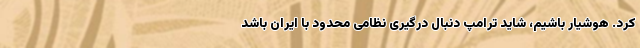
کرد. هوشیار باشیم، شاید ترامپ دنبال درگیری نظامی محدود با ایران باشد